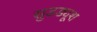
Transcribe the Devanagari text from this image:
सुडड्यूश